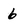
Character: 6